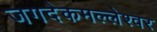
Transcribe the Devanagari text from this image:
जगदेकमल्लेश्वर